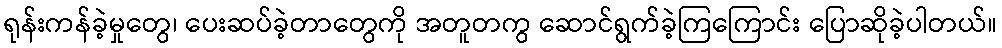
ရုန်းကန်ခဲ့မှုတွေ၊ ပေးဆပ်ခဲ့တာတွေကို အတူတကွ ဆောင်ရွက်ခဲ့ကြကြောင်း ပြောဆိုခဲ့ပါတယ်။